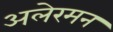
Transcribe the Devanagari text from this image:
अलेरमन